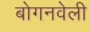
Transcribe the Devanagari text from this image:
बोगनवेली